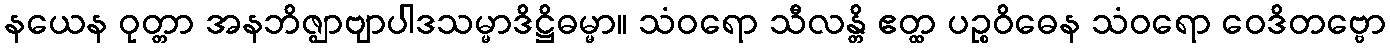
နယေန ဝုတ္တာ အနဘိဇ္ဈာဗျာပါဒသမ္မာဒိဋ္ဌိဓမ္မာ။ သံဝရော သီလန္တိ ဧတ္ထ ပဉ္စဝိဓေန သံဝရော ဝေဒိတဗ္ဗော